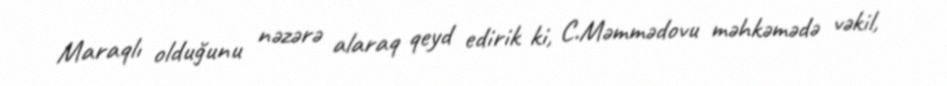
Maraqlı olduğunu nəzərə alaraq qeyd edirik ki, C.Məmmədovu məhkəmədə vəkil,